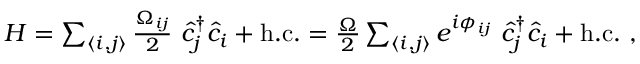
\begin{array} { r } { H = \sum _ { \langle i , j \rangle } \frac { \Omega _ { i j } } { 2 } \ \hat { c } _ { j } ^ { \dagger } \hat { c } _ { i } + \mathrm { h . c . } = \frac { \Omega } { 2 } \sum _ { \langle i , j \rangle } e ^ { i \phi _ { i j } } \ \hat { c } _ { j } ^ { \dagger } \hat { c } _ { i } + \mathrm { h . c . } \ , } \end{array}